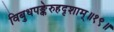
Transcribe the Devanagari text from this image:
विबुधपङ्केरुहदृशाम्॥१९॥